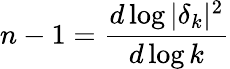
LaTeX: n-1=\frac{d\log|\delta_{k}|^{2}}{d\log k}